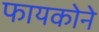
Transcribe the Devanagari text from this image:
फायकोने